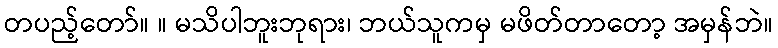
တပည့်တော်။ ။ မသိပါဘူးဘုရား၊ ဘယ်သူကမှ မဖိတ်တာတော့ အမှန်ဘဲ။